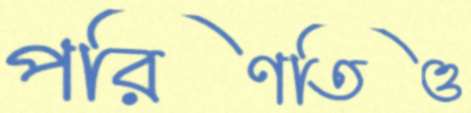
পরিণতিও